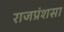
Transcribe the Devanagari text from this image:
राजप्रंशसा